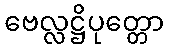
ဗေလ္လဋ္ဌိပုတ္တော